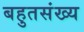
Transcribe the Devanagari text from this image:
बहुतसंख्य